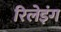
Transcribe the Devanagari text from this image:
रिलेइंग